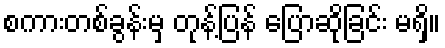
စကားတစ်ခွန်းမှ တုန့်ပြန် ပြောဆိုခြင်း မရှိ။